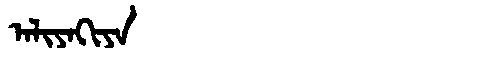
Manchu: ᠠᠯᡳᠶᠠᡴᡳᠶᠠ
Romanization: ALIYAKIYA